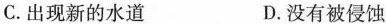
C.出现新的水道 D.没有被侵蚀